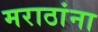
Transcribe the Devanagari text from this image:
मराठांना